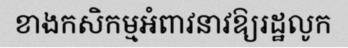
ខាងកសិកម្មអំពាវនាវឱ្យរដ្ឋលូក